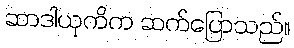
ဆာဒါယုကိက ဆက်ပြောသည်။